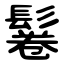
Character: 鬈